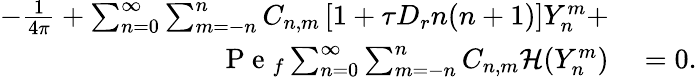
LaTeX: \begin{array}{rl}{-\frac{1}{4\pi}+\sum_{n=0}^{\infty}\sum_{m=-n}^{n}C_{n,m}\left[1+\tau D_{r}n(n+1)\right]Y_{n}^{m}+}&{{}}\\ {\mathrm{~P~e~}_{f}\sum_{n=0}^{\infty}\sum_{m=-n}^{n}C_{n,m}\mathcal{H}(Y_{n}^{m})}&{{}=0.}\end{array}